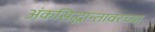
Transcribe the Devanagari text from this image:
अंकसिद्धान्तावरच्या